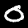
Digit: 0